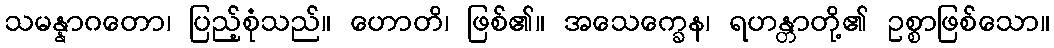
သမန္နာဂတော၊ ပြည့်စုံသည်။ ဟောတိ၊ ဖြစ်၏။ အသေက္ခေန၊ ရဟန္တာတို့၏ ဥစ္စာဖြစ်သော။